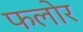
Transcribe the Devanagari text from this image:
फलोर